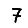
Digit: 7